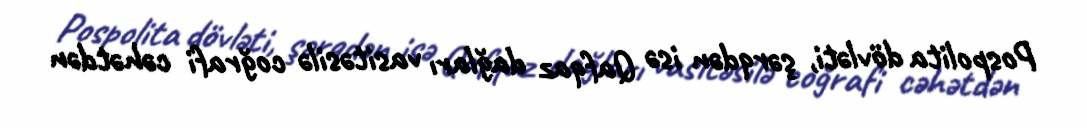
Pospolita dövləti, şərqdən isə Qafqaz dağları vasitəsilə coğrafi cəhətdən